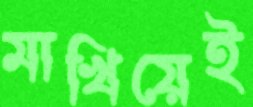
মাখিয়েই